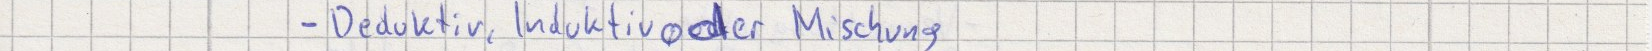
- Deduktiv, Induktiv oder Mischung